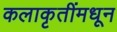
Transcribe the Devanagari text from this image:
कलाकृतींमधून